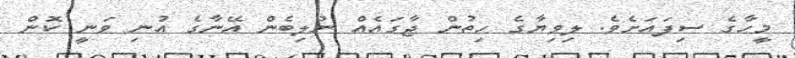
މީހާގެ ސިފައަށެވެ. ލިވިޔާގެ ހިތުން ޖާގައެއް ނުލިބެން އޭނާގެ އުނި ވަނީ ކޮން